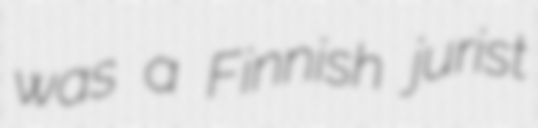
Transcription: was a Finnish jurist